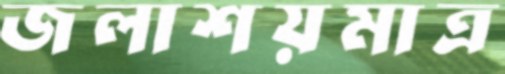
জলাশয়মাত্র